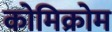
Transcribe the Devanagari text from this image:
कोमिक्रोम